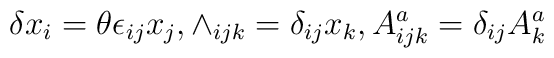
\delta x_{i} = \theta\epsilon_{ij}x_{j}, \wedge_{ijk} =\delta_{ij}x_{k}, A^{a}_{ijk} = \delta_{ij}A^{a}_{k}